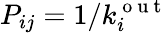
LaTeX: P_{ij}=1/k_{i}^{\mathrm{~o~u~t~}}